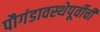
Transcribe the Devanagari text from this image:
पौगंडावस्थेपूर्वीची